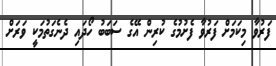
ފަރުވާ މިކަމަށް ފަރުވާ ފެށުމުގެ ކުރިން އޭގެ ސަބަބު ހޯދައި ދެނެގަތުމަކީ ވަރަށް